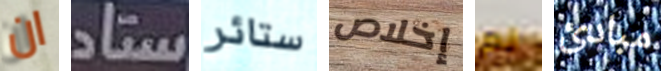
ان ستاد ستائر إخلاص لم مبادئ